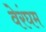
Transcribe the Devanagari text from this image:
वेरंघम